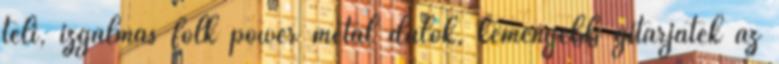
teli, izgalmas folk power metal dalok, keményebb gitárjáték az